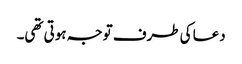
دعا کی طرف توجہ ہوتی تھی۔